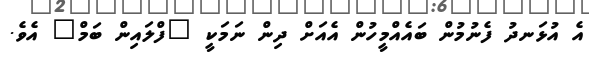
އެ އުޅަނދު ފެނުމުން ބައެއްމީހުން އެއަށް ދިން ނަމަކީ "ފްލައިން ބަމް" އެވެ.